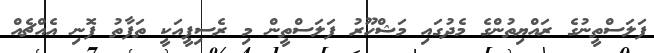
ފަލަސްތީނުގެ ރައްޔިތުންގެ މެދުގައި މަޝްހޫރު ފަލަސްތީން މި ރެސިޕީއަކީ ތަފާތު ފޮނި އެއްޗެއް